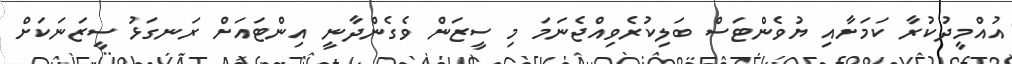
އުއްމީދުކުރާ ކަމަށާއި ޔުވެންޓަސް ބަލިކުރެވިއްޖެނަމަ މި ސީޒަން ވެގެންދާނީ އިންޓައަށް ރަނގަޅު ސީޒަނަކަށް